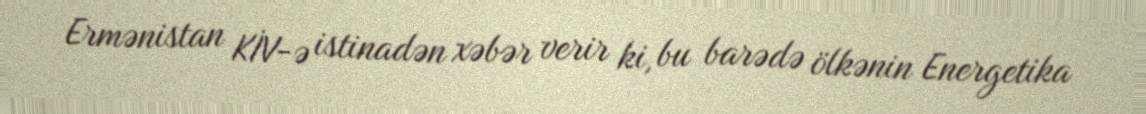
Ermənistan KİV-ə istinadən xəbər verir ki, bu barədə ölkənin Energetika